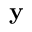
\mathbf { y }